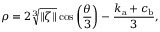
\rho = 2 \sqrt [ 3 ] { \| \zeta \| } \cos { \left( \frac { \theta } { 3 } \right) - \frac { k _ { \mathrm { a } } + c _ { \mathrm { b } } } { 3 } } ,